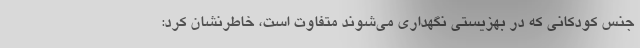
جنس کودکانی که در بهزیستی نگهداری می‌شوند متفاوت است، خاطرنشان کرد: